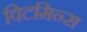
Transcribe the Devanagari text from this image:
विटमिन्स